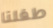
طفلنا